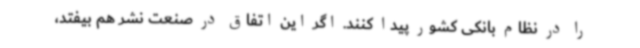
را در نظام بانکی کشور پیدا کنند. اگر این اتفاق در صنعت نشر هم بیفتد،